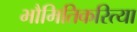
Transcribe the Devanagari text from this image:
भौमितिकरित्या